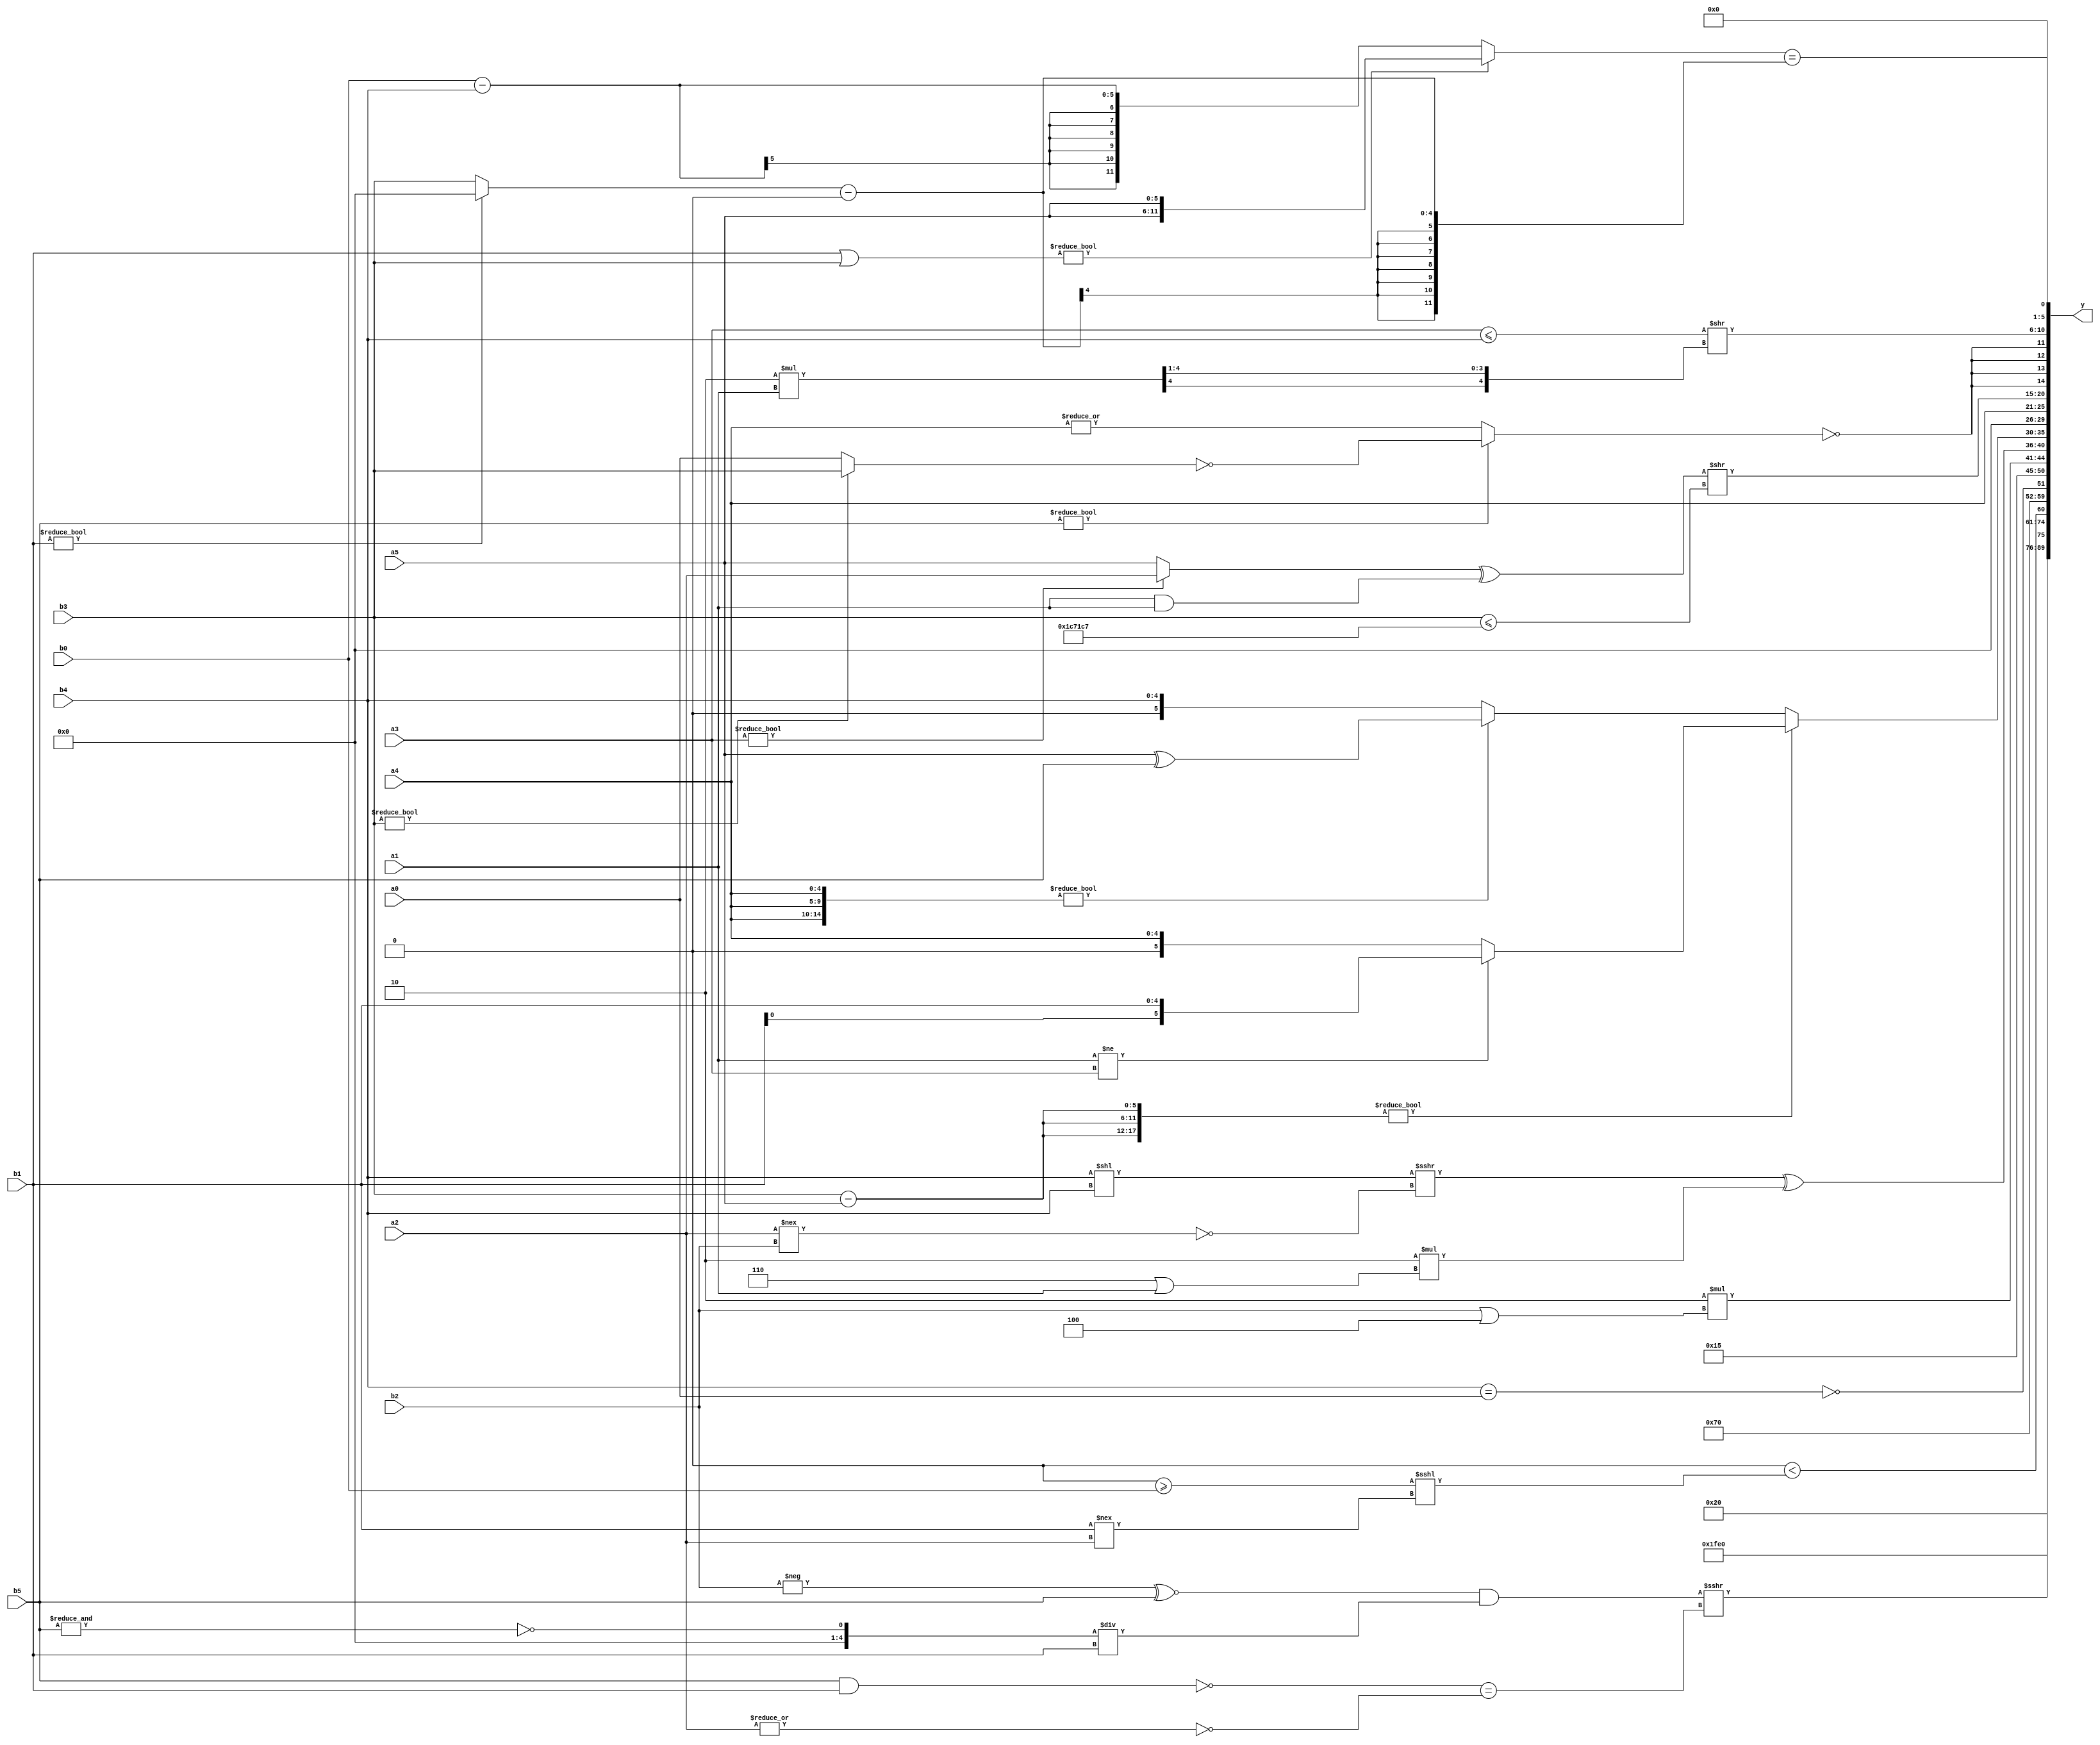
module expression_00275(a0, a1, a2, a3, a4, a5, b0, b1, b2, b3, b4, b5, y);
  input [3:0] a0;
  input [4:0] a1;
  input [5:0] a2;
  input signed [3:0] a3;
  input signed [4:0] a4;
  input signed [5:0] a5;

  input [3:0] b0;
  input [4:0] b1;
  input [5:0] b2;
  input signed [3:0] b3;
  input signed [4:0] b4;
  input signed [5:0] b5;

  wire [3:0] y0;
  wire [4:0] y1;
  wire [5:0] y2;
  wire signed [3:0] y3;
  wire signed [4:0] y4;
  wire signed [5:0] y5;
  wire [3:0] y6;
  wire [4:0] y7;
  wire [5:0] y8;
  wire signed [3:0] y9;
  wire signed [4:0] y10;
  wire signed [5:0] y11;
  wire [3:0] y12;
  wire [4:0] y13;
  wire [5:0] y14;
  wire signed [3:0] y15;
  wire signed [4:0] y16;
  wire signed [5:0] y17;

  output [89:0] y;
  assign y = {y0,y1,y2,y3,y4,y5,y6,y7,y8,y9,y10,y11,y12,y13,y14,y15,y16,y17};

  localparam [3:0] p0 = (|(4'd10));
  localparam [4:0] p1 = ((-2'sd1)?(4'd6):{2{((-5'sd12)!=(3'sd3))}});
  localparam [5:0] p2 = (-5'sd0);
  localparam signed [3:0] p3 = (~&((+((-4'sd0)%(2'd3)))<(~|(^((2'd0)<=(-2'sd0))))));
  localparam signed [4:0] p4 = (((^(-5'sd5))&&(|(4'd1)))^(6'd2 * ((3'd7)<(2'd0))));
  localparam signed [5:0] p5 = {4{(2'sd0)}};
  localparam [3:0] p6 = (((2'sd1)^~(4'd14))/(5'd30));
  localparam [4:0] p7 = {1{((2'd0)|(5'sd4))}};
  localparam [5:0] p8 = {1{{(4'd10),(5'sd7)}}};
  localparam signed [3:0] p9 = {(({(5'd26),(4'sd7)}+{(4'sd5),(5'd12)})+({(3'd1),(5'd14)}?((2'd2)?(5'd20):(3'd4)):((-5'sd7)<<(-3'sd2))))};
  localparam signed [4:0] p10 = ((3'd7)|(3'sd3));
  localparam signed [5:0] p11 = (((3'd5)<<(4'd0))!=((2'sd0)>>>(3'd3)));
  localparam [3:0] p12 = (~^((|(2'd3))<<<{2{(2'd0)}}));
  localparam [4:0] p13 = ((((4'd1)>>>(4'd7))>=(~&(2'sd0)))||((-(5'd19))<<<((3'd1)>>(4'd12))));
  localparam [5:0] p14 = {(2'sd0)};
  localparam signed [3:0] p15 = ({(5'd29),((3'd1)&(-4'sd6)),((-5'sd13)<<<(2'sd0))}^{2{(2'sd1)}});
  localparam signed [4:0] p16 = {{(((4'd15)|(2'sd1))<((4'd8)<(2'd1)))},(^{{(3'd7),(-2'sd0)},((-2'sd1)?(-3'sd0):(4'd6))}),(+{(~{(-3'sd0)})})};
  localparam signed [5:0] p17 = (|{(5'sd4),(5'sd14)});

  assign y0 = ((^p16)?(3'd5):(-3'sd0));
  assign y1 = (~^(!(5'sd6)));
  assign y2 = (&(+$signed(((((-b2)^~(b5))&&((~&b5)/b1))>>>((!(b5&b1))==$unsigned(((~|a2))))))));
  assign y3 = (4'sd7);
  assign y4 = (-2'sd1);
  assign y5 = ({4{(b4<<<p1)}}<((p14>=b0)<<<(b1!==a2)));
  assign y6 = {2{{2{(4'd7)}}}};
  assign y7 = (&(~$unsigned((b4==a0))));
  assign y8 = (5'd21);
  assign y9 = (6'd2 * {(b2|p7)});
  assign y10 = (((b4<<b4)>>>(~(a2!==b2)))^((4'd2 * (p1|a1))));
  assign y11 = ({1{{3{(b3-a5)}}}}?((a1!=a3)?{2{b1}}:$signed(a4)):({3{a4}}?(a5^b5):(b4)));
  assign y12 = (({4{p7}}?(p2<<<p0):{3{p8}})>>>(5'd5));
  assign y13 = $signed(a4);
  assign y14 = ($unsigned((((a3?a2:a5)^(a1&&a1))))>>{1{((b3)<={4{p8}})}});
  assign y15 = ($signed((~(&(((+b5))?(!(b3?b3:a0)):(|$signed(a4)))))));
  assign y16 = ({1{(|((p12?p14:a3)<=(p16?b4:a5)))}}>>($signed((5'd2 * a1))>>>(~&(&p13))));
  assign y17 = (((b1|b3)?{2{a5}}:(b0-b4))==((b1?p14:b3)-(b1!==b1)));
endmodule